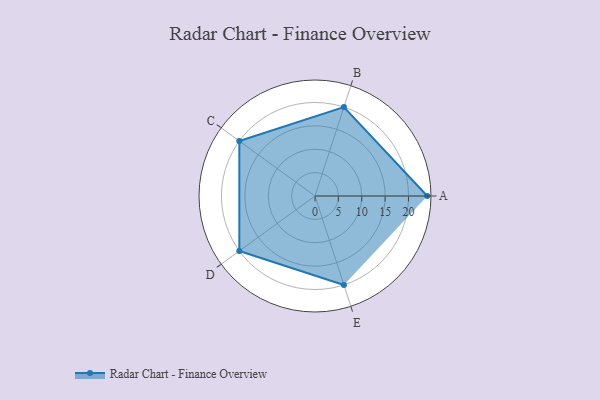
{"axis": {"x": "Skill", "y": "Score"}, "legend": ["Profile"], "data": [{"x": "A", "y": 24.0, "type": "Profile"}, {"x": "B", "y": 20, "type": "Profile"}, {"x": "C", "y": 20, "type": "Profile"}, {"x": "D", "y": 20, "type": "Profile"}, {"x": "E", "y": 20, "type": "Profile"}]}